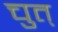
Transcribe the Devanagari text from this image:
चुत्